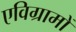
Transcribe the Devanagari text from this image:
एविग्रामों